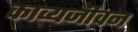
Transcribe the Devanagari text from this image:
काव्यजीवन